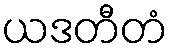
ယဒတီတံ